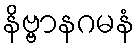
နိဗ္ဗာနဂမနံ